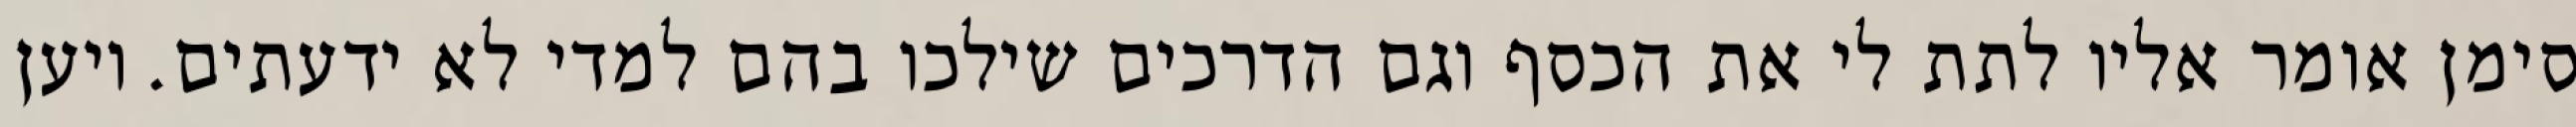
סימן אומר אליו לתת לי את הכסף וגם הדרכים שילכו בהם למדי לא ידעתים. ויען